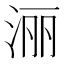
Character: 𣶇